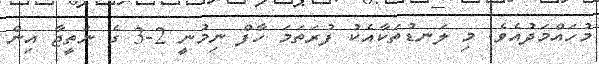
މުހައްމަދުއެވެ. މި ލަނޑުތަކާއެކު ފުރަތަމަ ހާފް ނިމުނީ 2-3 ގެ ނަތީޖާ އިން